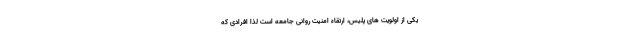
یکی از اولویت های پلیس، ارتقاء امنیت روانی جامعه است لذا افرادی که